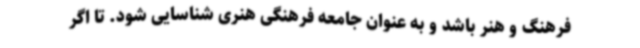
فرهنگ و هنر باشد و به عنوان جامعه فرهنگی هنری شناسایی شود. تا اگر